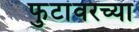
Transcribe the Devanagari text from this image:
फुटांवरच्या